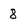
Character: 8